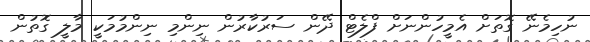
ނުހިމެނޭ ގޮތަށް އެމީހުންނަށް ފްލެޓް ދޭން ސަރުކާރުން ނިންމި ނިންމުމަކީ މާލީ ގޮތުން